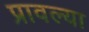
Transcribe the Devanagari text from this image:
प्रावल्या